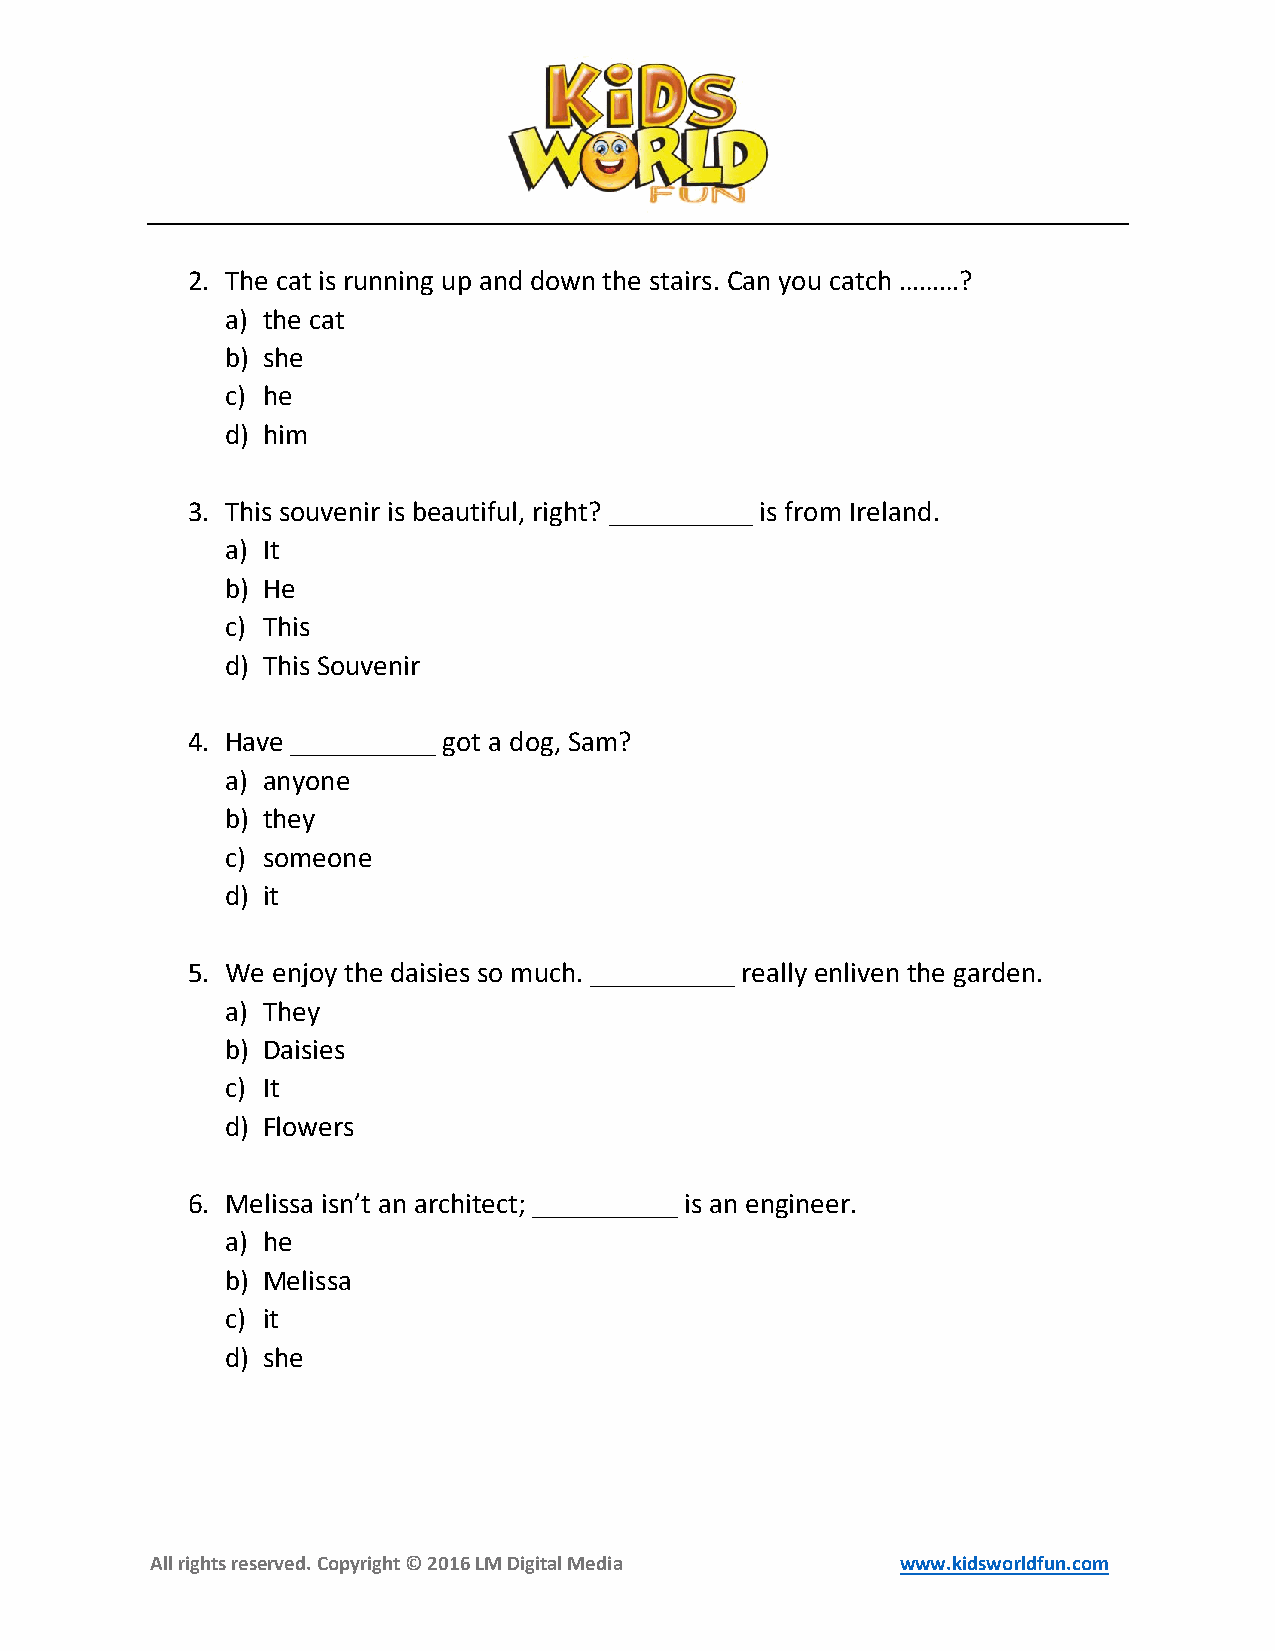
2. The cat is running up and down the stairs. Can you catch ………?
 a) the cat
 b) she
 c) he
 d) him
 3. This souvenir is beautiful, right? __________ is from Ireland.
 a) It
 b) He
 c) This
 d) This Souvenir
 4. Have __________ got a dog, Sam?
 a) anyone
 b) they
 c) someone
 d) it
 5. We enjoy the daisies so much. __________ really enliven the garden.
 a) They
 b) Daisies
 c) It
 d) Flowers
 6. Melissa isn’t an architect; __________ is an engineer.
 a) he
 b) Melissa
 c) it
 d) she
 All rights reserved. Copyright © 2016 LM Digital Media www.kidsworldfun.com